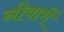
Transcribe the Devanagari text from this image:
नीवारीं